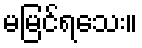
မမြင်ရသေး။